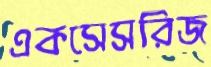
একসেসরিজ